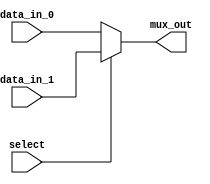
module mux_2to1(
    input wire data_in_0,
    input wire data_in_1,
    input wire select,
    output reg mux_out
);

always @(*) begin
    if(select == 0) begin
        mux_out = data_in_0;
    end else begin
        mux_out = data_in_1;
    end
end

endmodule